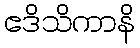
ဧဒိသိကာနိ